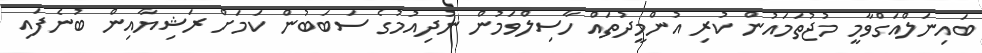
ބައިނަލްއަގްވާމީ މުޖުތަމައުން ކުރި އުންމީދުތައް ހާސިލްވަމުން ނުދިއުމުގެ ސަބަބުން ކަމަށް ރަޝިޔާއިން ބުނެފައި